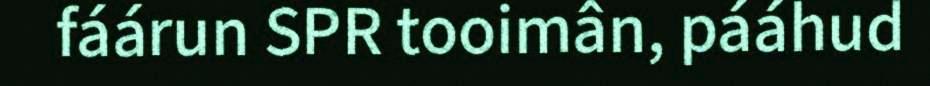
fáárun SPR tooimân, pááhud